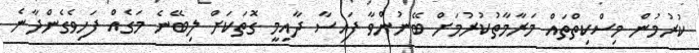
ކުރުމުން މިސްކިތްތައް މަރާމާތުކުރުމަށް ބޭނުންވާ ފައިސާ ދާއިމީ ގޮތަކަށް ލިބޭނެ މަގެއް ފަހިވެގެންދާނެ